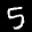
Label: 5